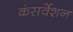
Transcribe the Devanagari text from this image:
कंसर्वेशन